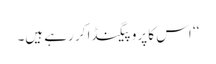
‘‘ اس کا پروپیگنڈا کر رہے ہیں۔